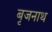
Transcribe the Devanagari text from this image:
बृजनाथ